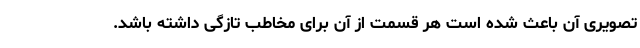
تصویری آن باعث شده است هر قسمت از آن برای مخاطب تازگی داشته باشد.